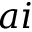
a i